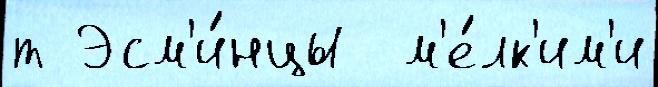
т Эсм'и́нцы  м'е́лк'им'и